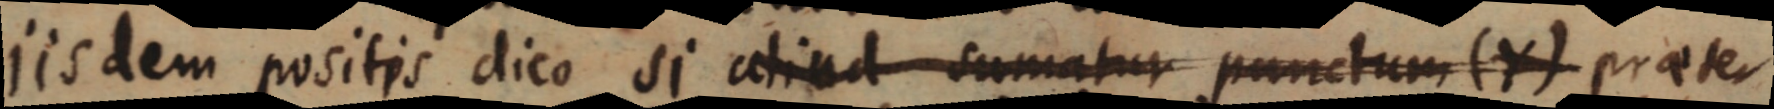
iisdem positis dico si aliud sumatur punctum (Y) praeter